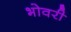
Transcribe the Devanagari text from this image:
भोवरी